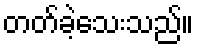
တတ်ခဲ့သေးသည်။